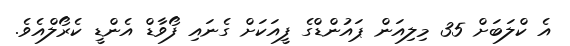
އެ ކްލަބަށް 35 މިލިއަން ޕައުންޑްގެ ފީއަކަށް ގެނައި ފޯވާޑް އެންޑީ ކެރޯލްއެވެ.